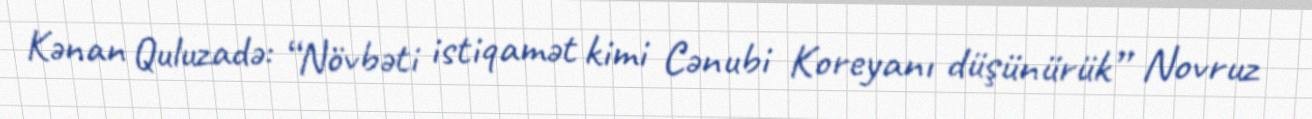
Kənan Quluzadə: “Növbəti istiqamət kimi Cənubi Koreyanı düşünürük” Novruz